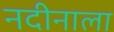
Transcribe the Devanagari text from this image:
नदीनाला